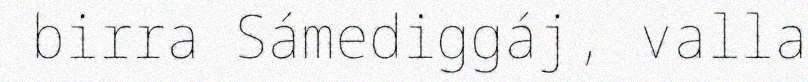
birra Sámediggáj, valla